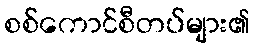
စစ်ကောင်စီတပ်များ၏